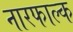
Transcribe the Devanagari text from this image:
नारफाल्क